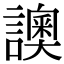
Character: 䜒